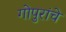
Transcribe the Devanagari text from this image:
गोपुरांचे